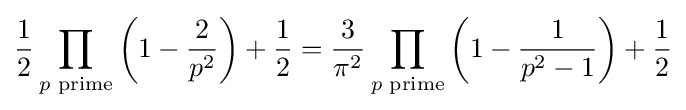
{{\frac {1}{2}}\prod _{p{\text{ prime}}}\left(1-{\frac {2}{p^{2}}}\right)+{\frac {1}{2}}}={\frac {3}{\pi ^{2}}}\prod _{p{\text{ prime}}}\left(1-{\frac {1}{p^{2}-1}}\right)+{\frac {1}{2}}